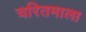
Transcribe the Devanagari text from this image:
चरितमाला